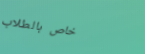
خاص بالطلاب